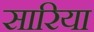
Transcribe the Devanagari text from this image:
सारिया